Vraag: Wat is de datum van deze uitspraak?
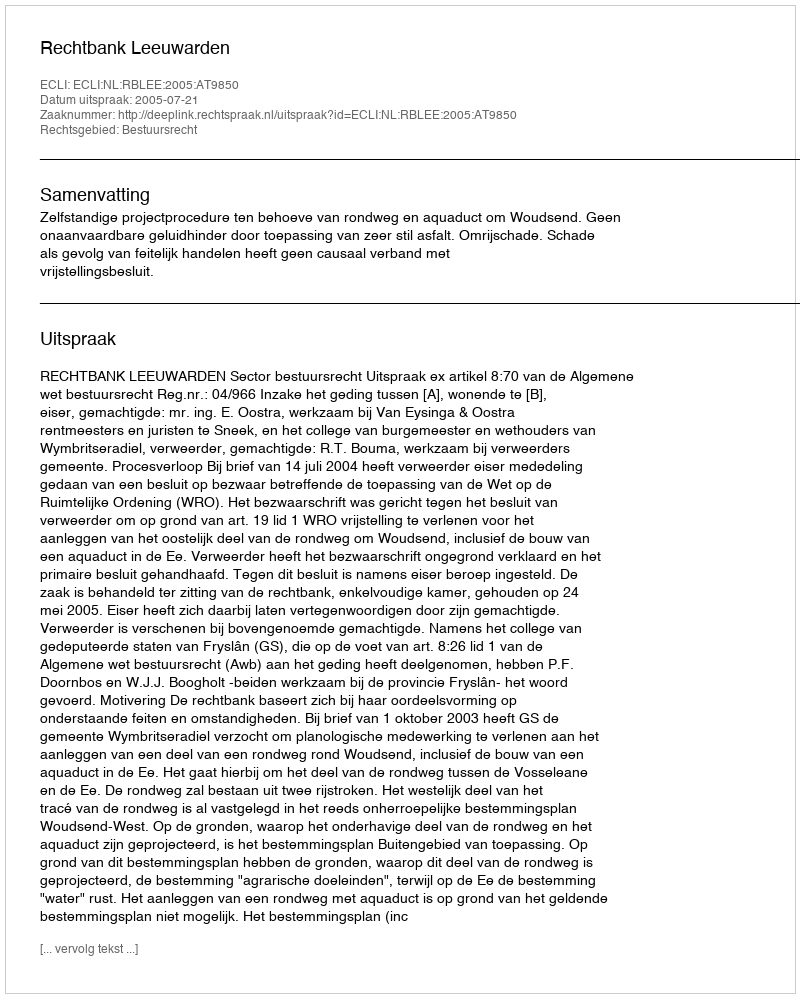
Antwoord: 2005-07-21